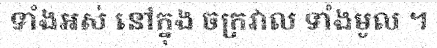
ទាំងអស់ នៅក្នុង ចក្រវាល ទាំងមូល ។